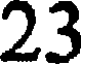
23